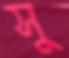
সু